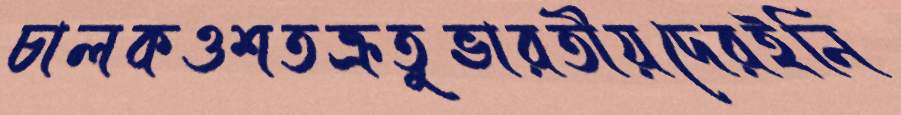
চালকওশতক্রতুভারতীয়দেরইনি